Indian journal of veterinary science and animal husbandry - Volume 4,
Year: 1934
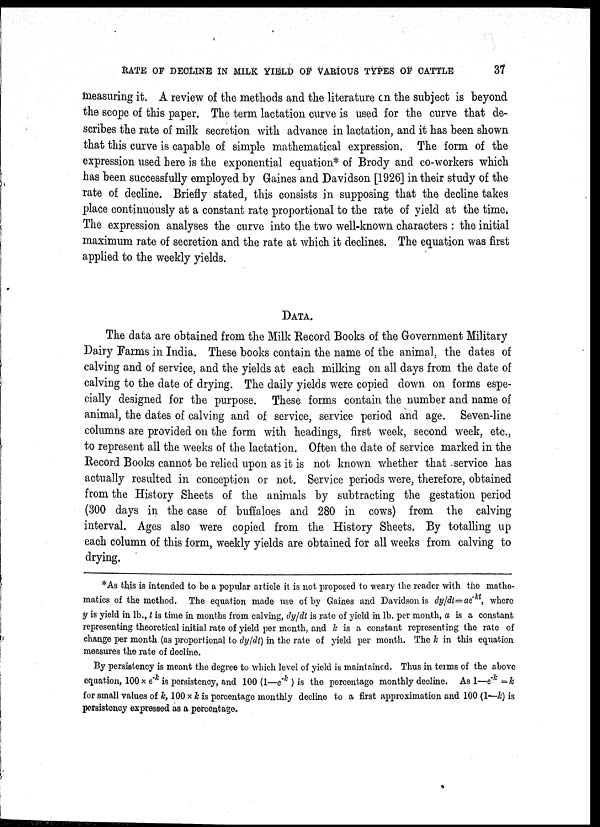
RATE OF DECLINE IN MILK YIELD OF VARIOUS TYPES OF CATTLE
37
measuring it. A review of the methods and the literature on the subject is beyond
the scope of this paper. The term lactation curve is used for the curve that de-
scribes the rate of milk secretion with advance in lactation, and it has been shown
that this curve is capable of simple mathematical expression. The form of the
expression used here is the exponential equation* of Brody and co-workers which
has been successfully employed by Gaines and Davidson [1926] in their study of the
rate of decline. Briefly stated, this consists in supposing that the decline takes
place continuously at a constant rate proportional to the rate of yield at the time.
The expression analyses the curve into the two well-known characters : the initial
maximum rate of secretion and the rate at which it declines. The equation was first
applied to the weekly yields.
DATA.
The data are obtained from the Milk Record Books of the Government Military
Dairy Farms in India. These books contain the name of the animal, the dates of
calving and of service, and the yields at each milking on all days from the date of
calving to the date of drying. The daily yields were copied down on forms espe-
cially designed for the purpose. These forms contain the number and name of
animal, the dates of calving and of service, service period and age. Seven-line
columns are provided on the form with headings, first week, second week, etc.,
to represent all the weeks of the lactation. Often the date of service marked in the
Record Books cannot be relied upon as it is not known whether that service has
actually resulted in conception or not. Service periods were, therefore, obtained
from the History Sheets of the animals by subtracting the gestation period
(300 days in the case of buffaloes and 280 in cows) from the calving
interval. Ages also were copied from the History Sheets. By totalling up
each column of this form, weekly yields are obtained for all weeks from calving to
drying.
*As this is intended to be a popular article it is not proposed to weary the reader with the mathe-
matics of the method. The equation made use of by Gaines and Davidson is dy/dt=ae -kt , where
y is yield in lb., t is time in months from calving, dy/dt is rate of yield in lb. per month, a is a constant
representing theoretical initial rate of yield per month, and k is a constant representing the rate of
change per month (as proportional to dy/dt) in the rate of yield per month. The k in this equation
measures the rate of decline.
By persistency is meant the degree to which level of yield is maintained. Thus in terms of the above
equation, 100 × e -k is persistency, and 100 (1—e -k ) is the percentage monthly decline. As 1—e -k = k
for small values of k, 100 × k is percentage monthly decline to a first approximation and 100 (1—k) is
persistency expressed as a percentage.